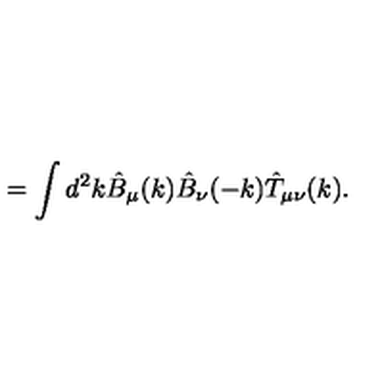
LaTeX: = \int d ^ { 2 } k \hat { B } _ { \mu } ( k ) \hat { B } _ { \nu } ( - k ) \hat { T } _ { \mu \nu } ( k ) .